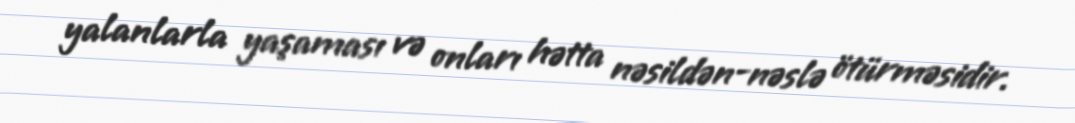
yalanlarla yaşaması və onları hətta nəsildən-nəslə ötürməsidir.